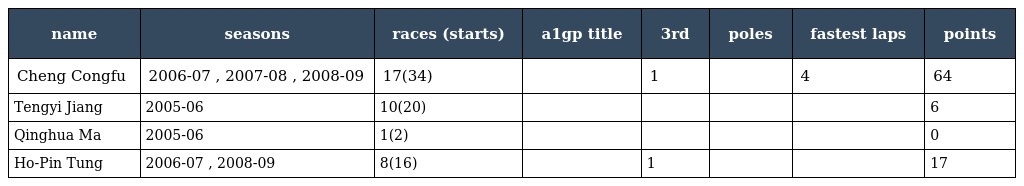
| name | seasons | races (starts) | a1gp title | 3rd | poles | fastest laps | points |
 | --- | --- | --- | --- | --- | --- | --- | --- |
 | Cheng Congfu | 2006-07 , 2007-08 , 2008-09 | 17(34) |  | 1 |  | 4 | 64 |
 | Tengyi Jiang | 2005-06 | 10(20) |  |  |  |  | 6 |
 | Qinghua Ma | 2005-06 | 1(2) |  |  |  |  | 0 |
 | Ho-Pin Tung | 2006-07 , 2008-09 | 8(16) |  | 1 |  |  | 17 |